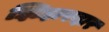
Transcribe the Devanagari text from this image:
झिझरदार